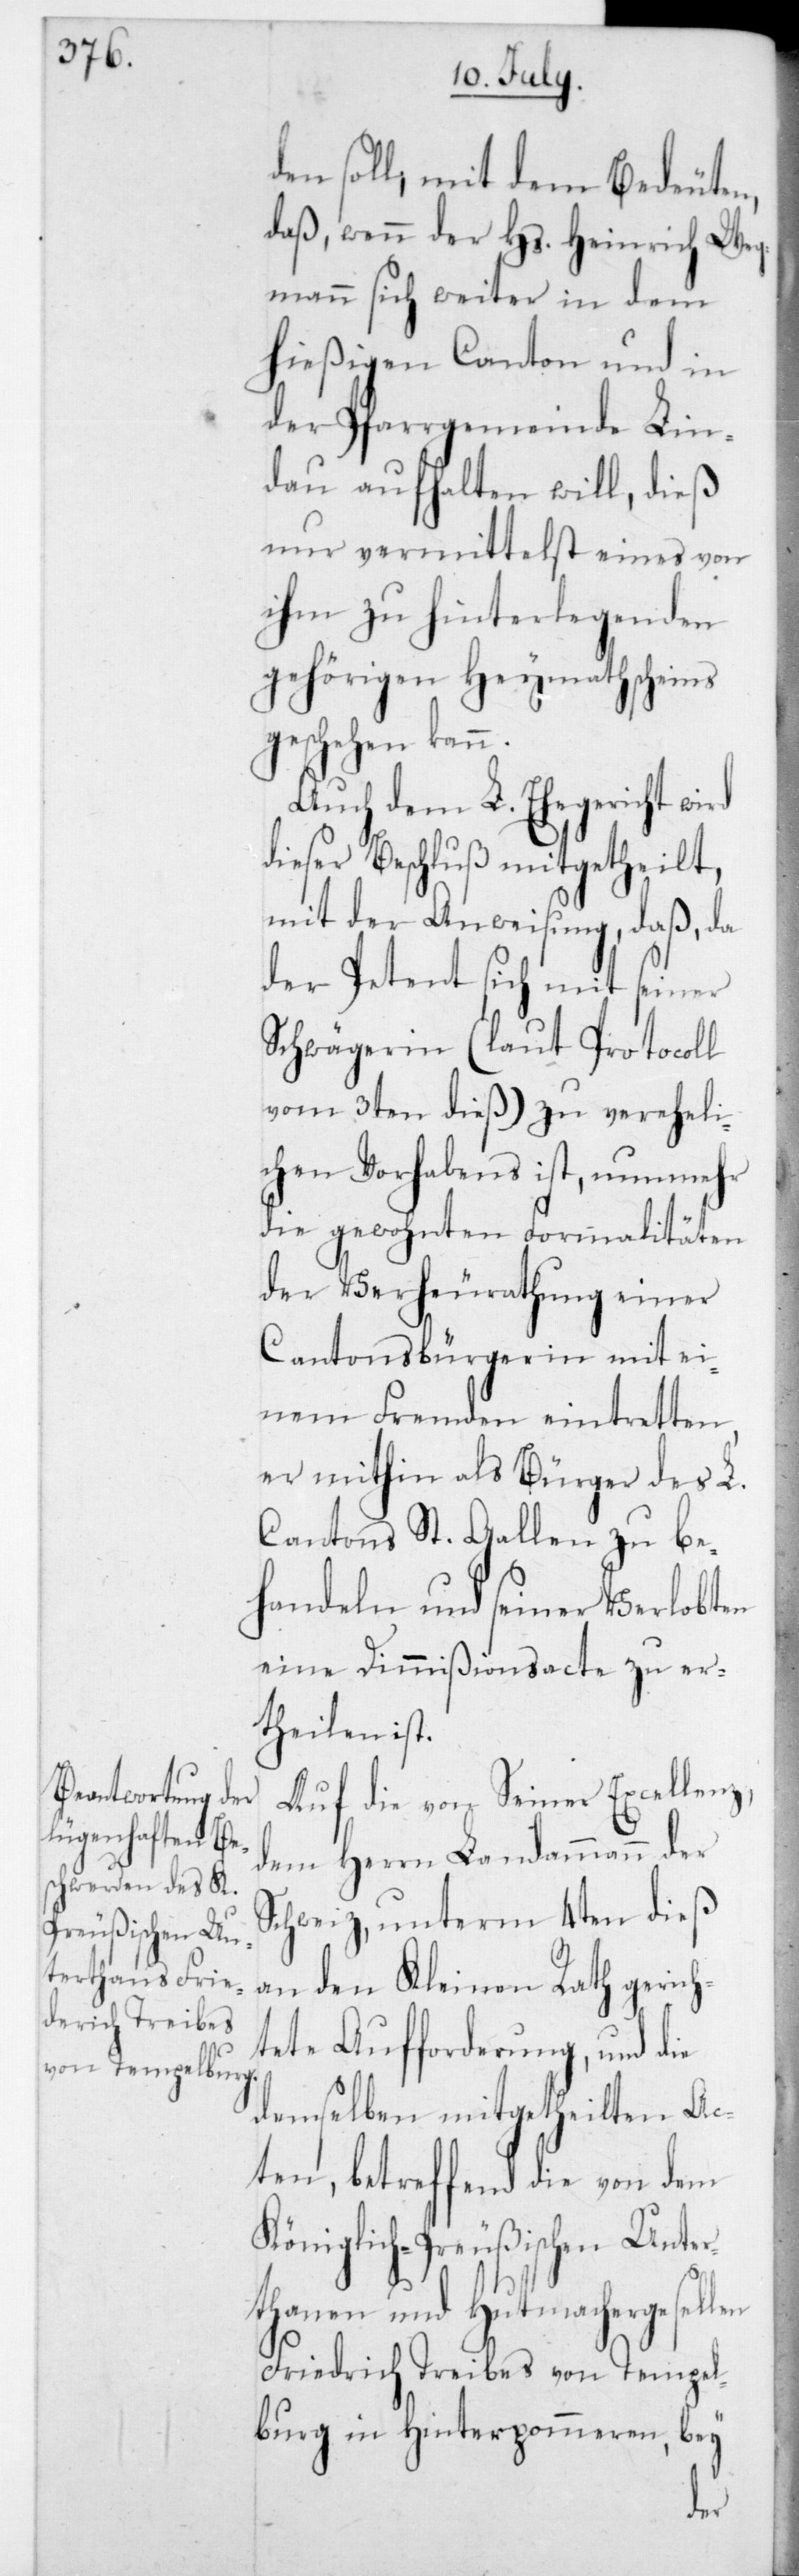
den soll; mit dem Bedeuten,
daß, wenn der Hs. Heinrich Weg¬
mann sich weiter in dem
hießigen Canton und in
der Pfarrgemeinde Lin¬
dau aufhalten will, dieß
nur vermittelst eines von
ihm zu hinterlegenden
gehörigen Heymathscheins
geschehen kann.
Auch dem L. Ehegericht
dieser Beschluß mitgetheilt,
mit der Anweisung, daß, da
der Petent sich mit seiner
Schwägerin (laut Protocoll
vom 3ten dieß) zu vereheli¬
chen Vorhabens ist, nunmehr
die gewohnten Formalitäten
der Verheurathung einer
Cantonsbürgerin mit ei¬
nem Fremden eintretten,
er mithin als Bürger des L.
Cantons St. Gallen zu be¬
handeln und seiner Verlobten
eine Dimmißionsacte zu er¬
theilen ist.
Auf die von Sr. Excellenz,
dem Herrn Landammann der
Schweiz, unterm 4ten dieß
an den Kleinen Rath gerich¬
tete Aufforderung, und die
demselben mitgetheilten Ac¬
ten, betreffend die von dem
Königlich-Preußischen Unter¬
thanen und Hutmachergesel¬
Friedrich Treibes von Tempel¬
burg in Hinterpommern, bey
len